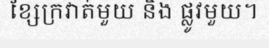
ខ្សែក្រវាត់មួយ និង ផ្លូវមួយ។